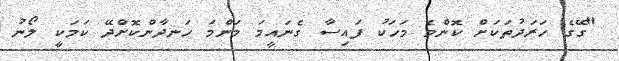
"ގޭގެ ހަރަދުތަކަށް ކޮންމެ މަހަކު ފައިސާ ގެނައީމަ މަންމަ ހަނދާންކޮށްދޭ ކަމަކީ ލޯނު